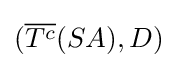
{\textstyle ({\overline {T^{c}}}(SA),D)}